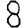
Digit: 8